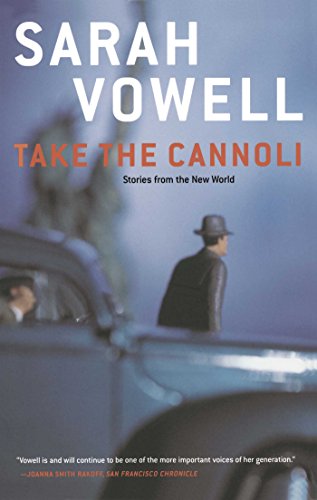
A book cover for Take the Cannoli: Stories From the New World; Sarah Vowell; Biographies & Memoirs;